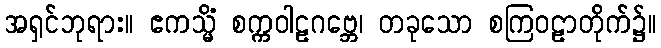
အရှင်ဘုရား။ ဧကသ္မိံ စက္ကဝါဠဂဗ္ဘေ၊ တခုသော စကြဝဠာတိုက်၌။